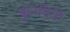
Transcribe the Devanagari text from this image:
बुंलदियो